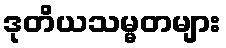
ဒုတိယသမ္မတများ